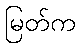
မြတ်က